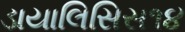
ડાયાલિસિસ૧૪